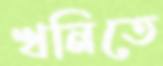
খনিতে